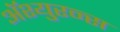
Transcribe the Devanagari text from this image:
अॅश्युरन्स